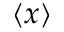
\langle x \rangle